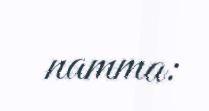
namma: